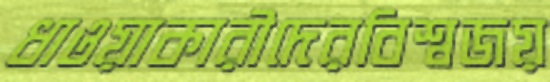
ধাওয়াকারীদেরবিশ্বজয়